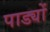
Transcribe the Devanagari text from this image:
पाड्यों